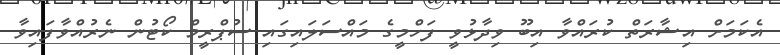
އެކަމަށް އިޝާރަތް ކުރައްވާ އިބޫ ވިދާޅުވީ ފަހްމީގެ މައްސަލައިގައި ސުޕްރީމް ކޯޓުން ނެރުއްވާފައިވާ